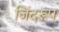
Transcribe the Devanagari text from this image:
जिंदरूप